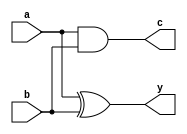
`timescale 1ns/1ps
//////////////////////////////////////////////////////////////////////////////////
// Company: 
// Engineer: 
// 
// Design Name: 
// Module Name: bainary_adder
// Project Name: 
// Target Devices: 
// Tool Versions: 
// Description: 
// 
// Dependencies: 
// 
// Revision:
// Revision 0.01 - File Created
// Additional Comments:
// 
//////////////////////////////////////////////////////////////////////////////////


module binary_adder(a,b,y,c );
input a,b;
output wire y,c;
assign y=a^b;
 assign c=a&b;
endmodule